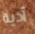
أذية